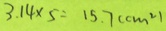
3 . 1 4 \times 5 = 1 5 . 7 ( c m ^ { 2 } )